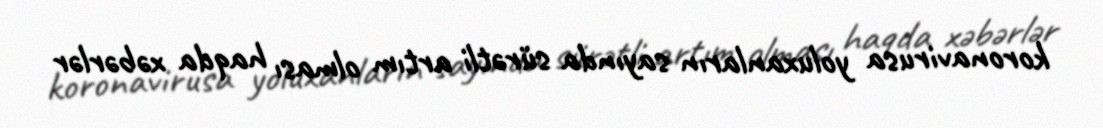
koronavirusa yoluxanların sayında sürətli artım olması haqda xəbərlər